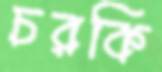
চরকি